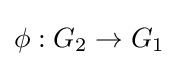
\phi :G_{2}\to G_{1}